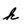
Character: k